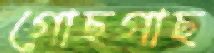
গোছগাছ